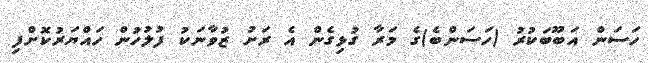
ހަސަން އަބޫބަކުރު (ހަސަންބެ)ގެ މަރާ ގުޅިގެން އެ ރަށު ޒުވާނަކު ފުލުހުން ހައްޔަރުކޮށްފި